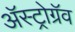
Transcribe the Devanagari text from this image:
अॅस्ट्रोग्रॅव